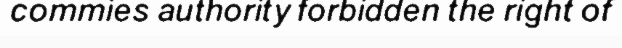
commies authority forbidden the right of